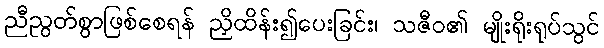
ညီညွတ်စွာဖြစ်စေရန် ညှိထိန်း၍ပေးခြင်း၊ သဇီဝ၏ မျိုးရိုးရုပ်သွင်